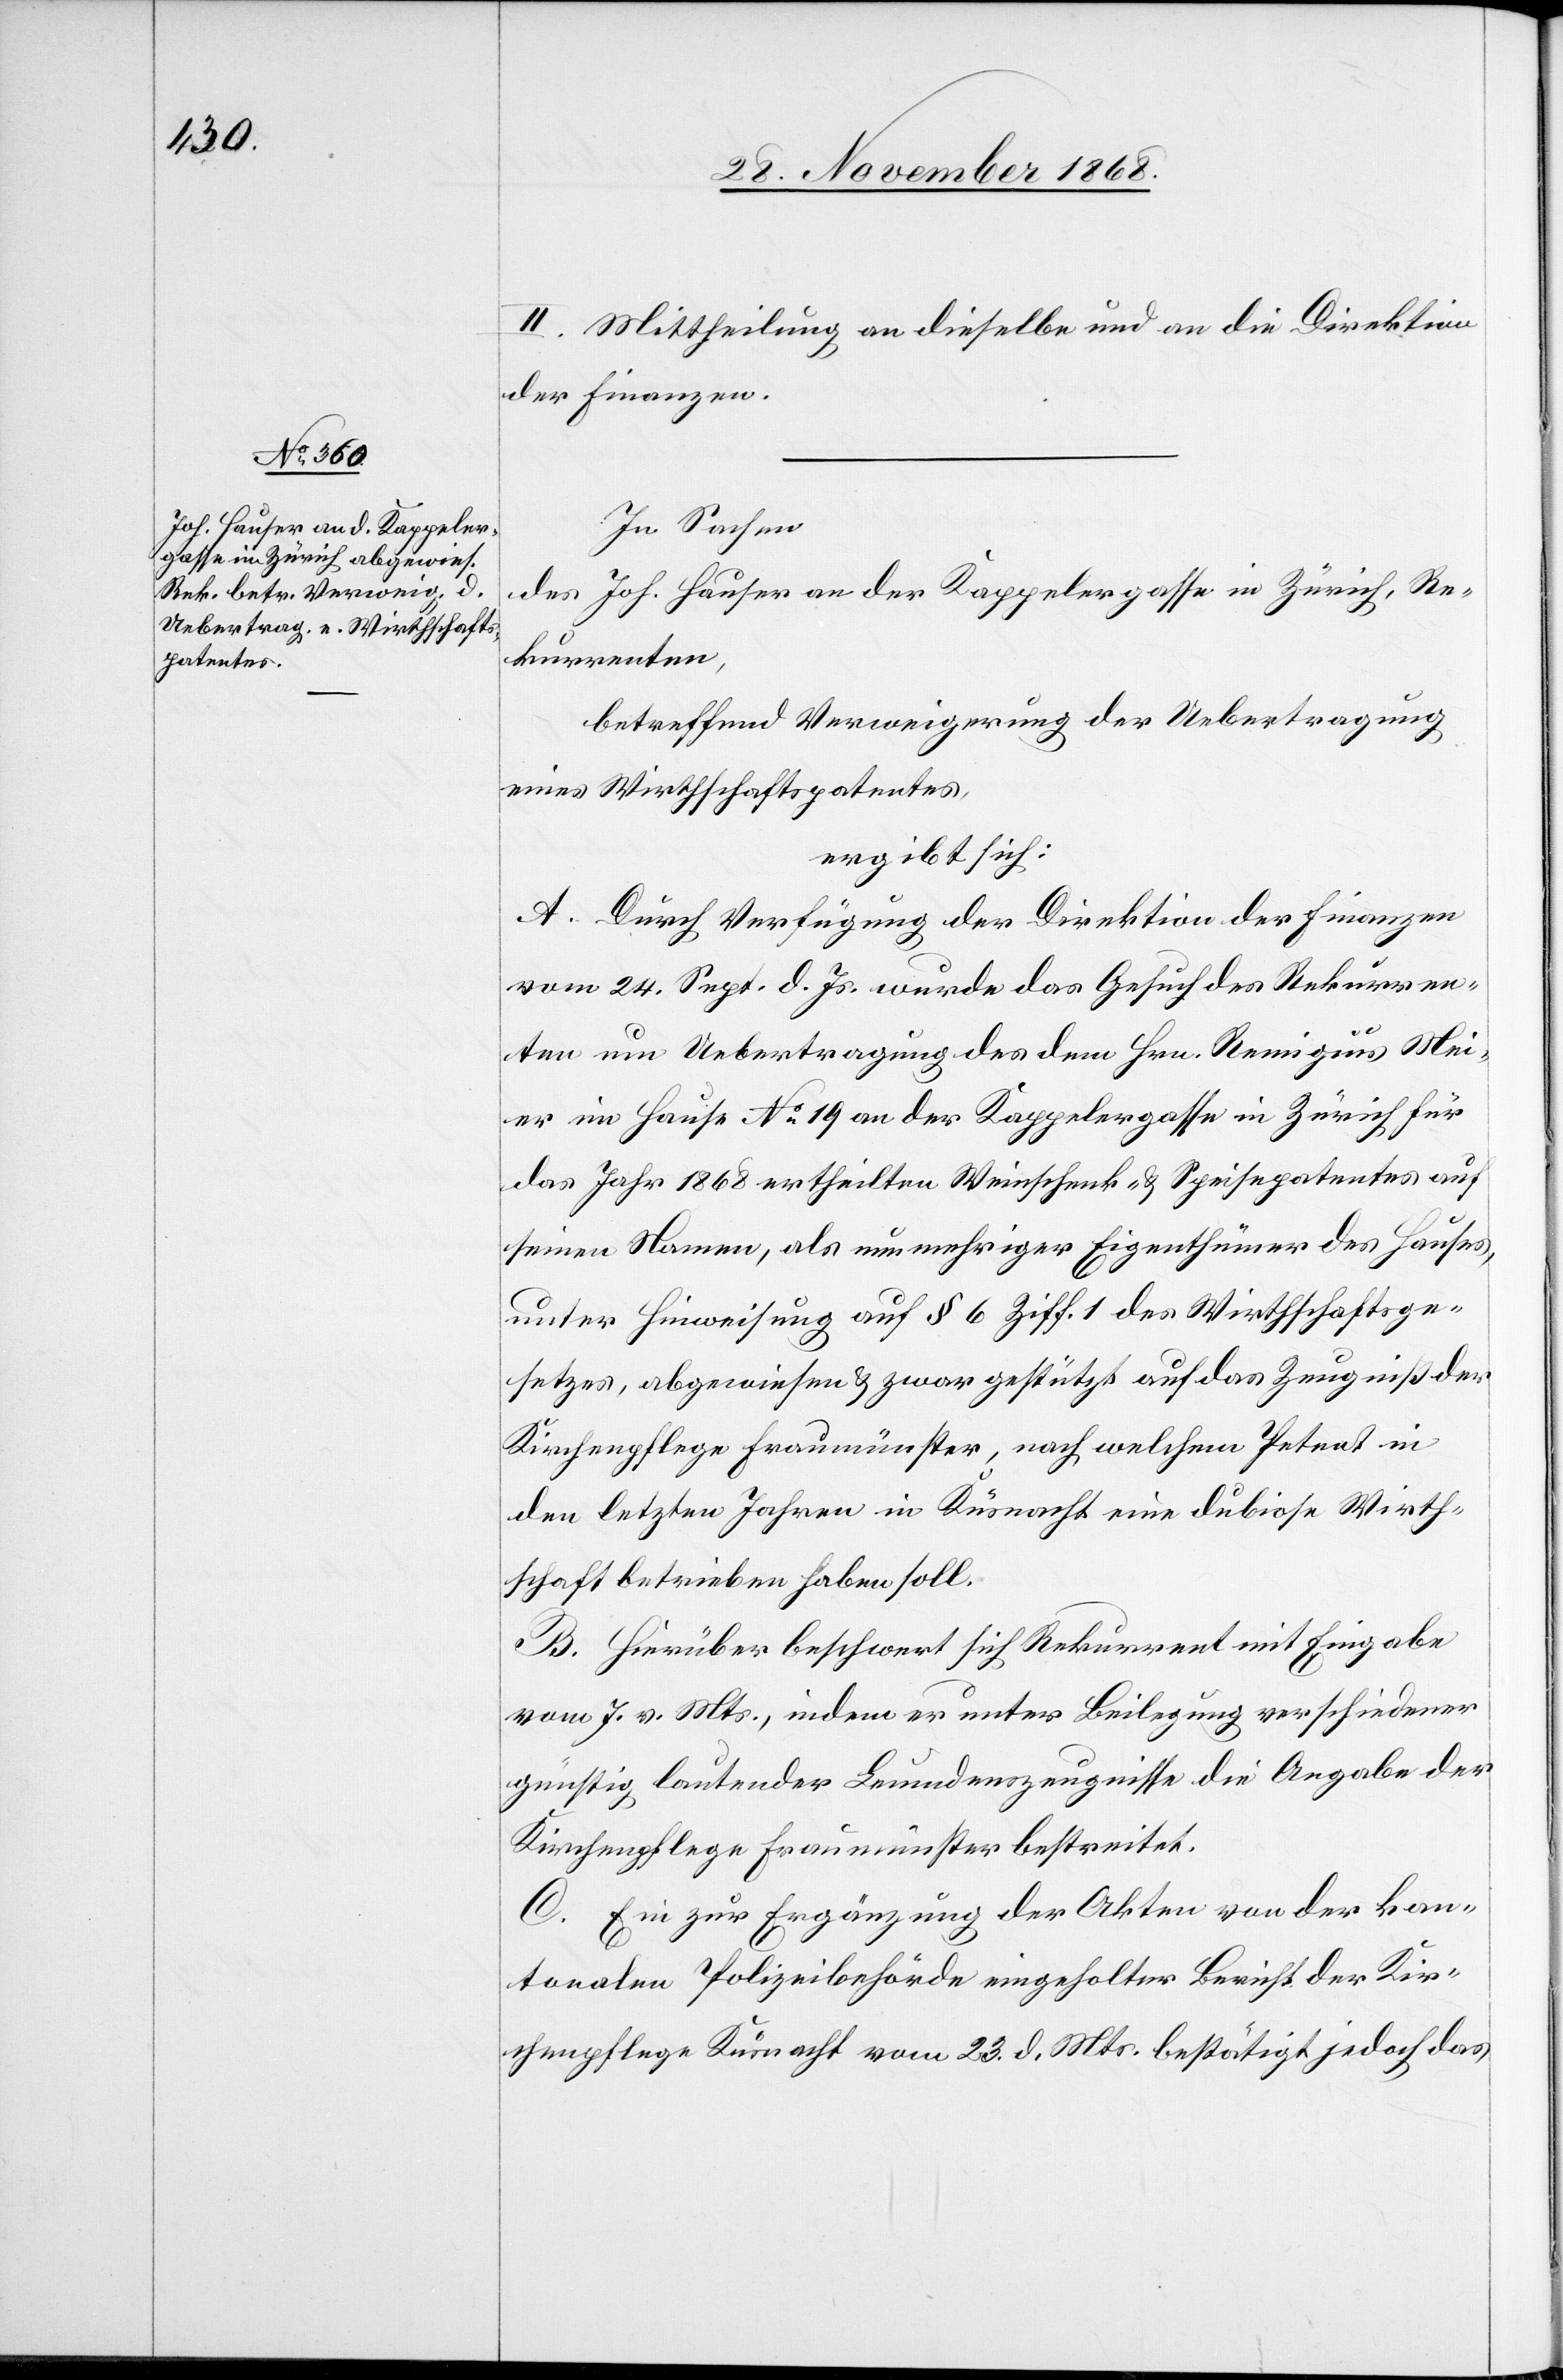
II. Mittheilung an dieselbe und an die Direktion
der Finanzen.
In Sachen
des Joh. Hauser an der Kappelergasse in Zürich, Re¬
kurrenten,
betreffend Verweigerung der Uebertragung
eines Wirthschaftspatentes,
ergibt sich:
A. Durch Verfügung der Direktion der Finanzen
vom 24. Sept. d. Js. wurde das Gesuch des Rekurren¬
ten um Uebertragung des dem Hrn. Remigius Mei¬
er im Hause No 19 an der Kappelergasse in Zürich für
das Jahr 1868 ertheilten Weinschenk- & Speisepatentes auf
seinen Namen, als nunmehriger Eigenthümer des Hauses,
unter Hinweisung auf § 6 Ziff. 1 des Wirthschaftsge¬
setzes, abgewiesen & zwar gestützt auf das Zeugniß der
Kirchenpflege Fraumünster, nach welchem Petent in
den letzten Jahren in Küsnacht eine dubiose Wirth¬
schaft betrieben haben soll.
B. Hierüber beschwert sich Rekurrent mit Eingabe
vom 7. v. Mts., indem er unter Beilegung verschiedener
günstig lautender Leumdenszeugnisse die Angabe der
Kirchenpflege Fraumünster bestreitet.
C. Ein zur Ergänzung der Akten von der kan¬
tonalen Polizeibehörde eingeholter Bericht der Kir¬
chenpflege Küsnacht vom 23. d. Mts. bestätigt jedoch das